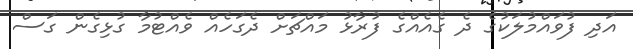
އަދި ފުވައްމުލަކުގެ ދެ ގެއެއްގެ ފުރާޅު މައްޗަށް ދެގަހެއް ވެއްޓުމާ ގުޅިގެން ގަސް